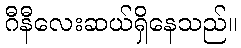
ဂီနီလေးဆယ်ရှိနေသည်။